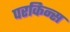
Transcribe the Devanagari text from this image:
परकिन्स